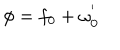
\phi = f _ { 0 } + \omega _ { 0 } ^ { ' }